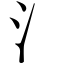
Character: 氵